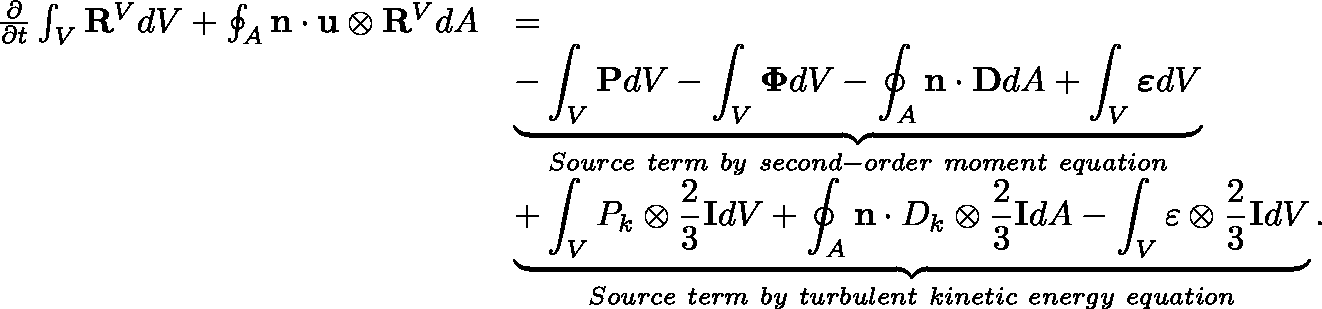
\begin{array} { r l } { \frac { \partial } { \partial t } \int _ { V } \mathbf { R } ^ { V } d V + \oint _ { A } \mathbf { n } \cdot \mathbf { u } \otimes \mathbf { R } ^ { V } d A } & { = } \\ & { \underbrace { - \int _ { V } \mathbf { P } d V - \int _ { V } \mathbf { \Phi } d V - \oint _ { A } \mathbf { n } \cdot \mathbf { D } d A + \int _ { V } \boldsymbol { \varepsilon } d V } _ { S o u r c e \ t e r m \ b y \ s e c o n d - o r d e r \ m o m e n t \ e q u a t i o n } } \\ & { \underbrace { + \int _ { V } P _ { k } \otimes \frac { 2 } { 3 } \mathbf { I } d V + \oint _ { A } \mathbf { n } \cdot D _ { k } \otimes \frac { 2 } { 3 } \mathbf { I } d A - \int _ { V } \varepsilon \otimes \frac { 2 } { 3 } \mathbf { I } d V } _ { S o u r c e \ t e r m \ b y \ t u r b u l e n t \ k i n e t i c \ e n e r g y \ e q u a t i o n } . } \end{array}